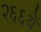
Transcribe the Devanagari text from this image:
२६६वें